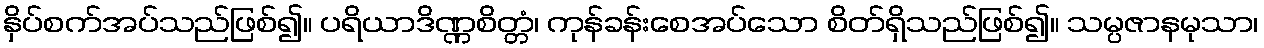
နှိပ်စက်အပ်သည်ဖြစ်၍။ ပရိယာဒိဏ္ဏစိတ္တံ၊ ကုန်ခန်းစေအပ်သော စိတ်ရှိသည်ဖြစ်၍။ သမ္ပဇာနမုသာ၊